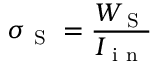
\sigma _ { \mathrm { ~ S ~ } } = \frac { W _ { \mathrm { ~ S ~ } } } { I _ { \mathrm { ~ i ~ n ~ } } }